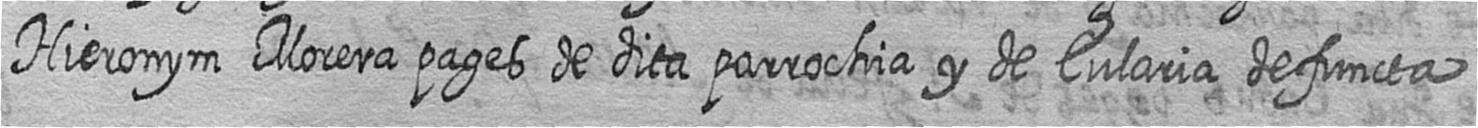
Hieronym Morera pages de dita parrochia y de Eularia defuncta